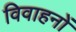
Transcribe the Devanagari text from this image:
विवाहनों